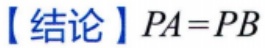
【结论】$PA = PB$